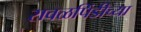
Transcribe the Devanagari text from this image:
रावळपिंडीच्या